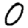
Digit: 0